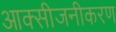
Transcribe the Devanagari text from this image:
आक्सीजनीकरण